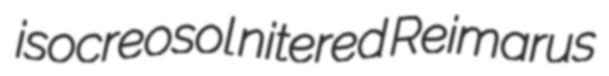
isocreosol nitered Reimarus